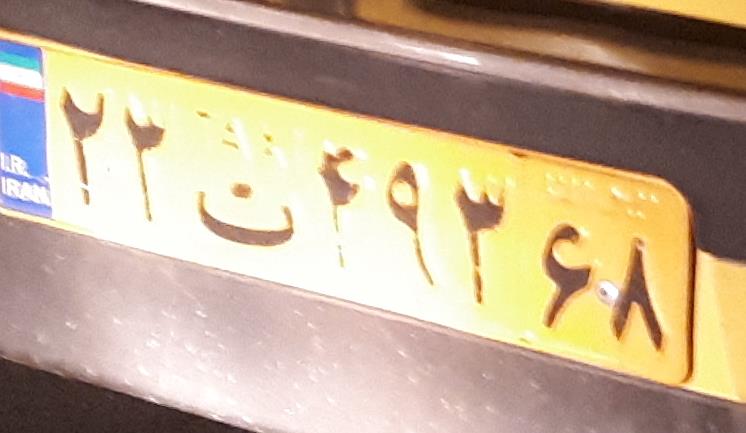
۲۲ت۴۹۳۶۸